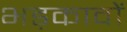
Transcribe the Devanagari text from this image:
भड़कावों